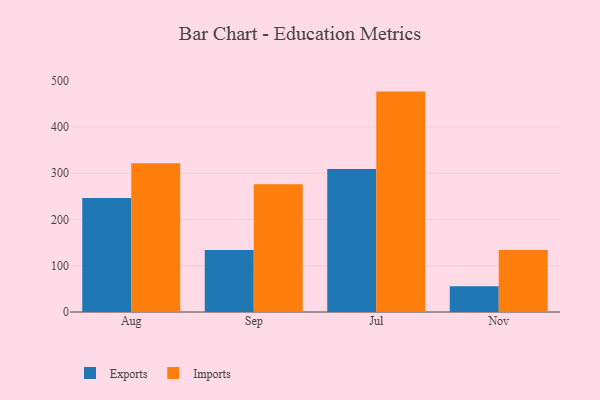
{"axis": {"x": "Month", "y": "Page Views"}, "legend": ["Exports", "Imports"], "data": [{"x": "Aug", "y": 246.2, "type": "Exports"}, {"x": "Aug", "y": 321.7, "type": "Imports"}, {"x": "Sep", "y": 134.2, "type": "Exports"}, {"x": "Sep", "y": 276.0, "type": "Imports"}, {"x": "Jul", "y": 309.2, "type": "Exports"}, {"x": "Jul", "y": 476.4, "type": "Imports"}, {"x": "Nov", "y": 55.5, "type": "Exports"}, {"x": "Nov", "y": 134.0, "type": "Imports"}]}